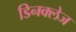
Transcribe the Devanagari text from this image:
डिनक्लेज